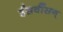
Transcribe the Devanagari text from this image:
ईसवींसन्